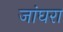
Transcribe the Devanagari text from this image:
जांघरा